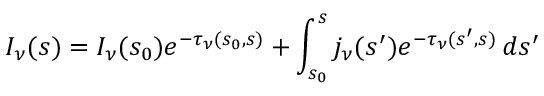
I _ { \nu } ( s ) = I _ { \nu } ( s _ { 0 } ) e ^ { - \tau _ { \nu } ( s _ { 0 } , s ) } + \int _ { s _ { 0 } } ^ { s } j _ { \nu } ( s ^ { \prime } ) e ^ { - \tau _ { \nu } ( s ^ { \prime } , s ) } \, d s ^ { \prime }